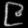
Digit: ၉